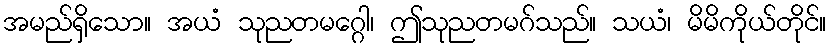
အမည်ရှိသော။ အယံ သုညတမဂ္ဂေါ၊ ဤသုညတမဂ်သည်။ သယံ၊ မိမိကိုယ်တိုင်။